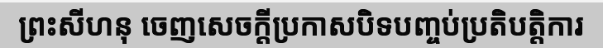
ព្រះសីហនុ ចេញសេចក្តីប្រកាសបិទបញ្ចប់ប្រតិបត្តិការ